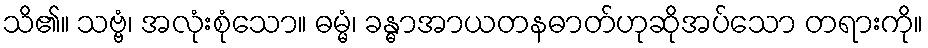
သိ၏။ သဗ္ဗံ၊ အလုံးစုံသော။ ဓမ္မံ၊ ခန္ဓာအာယတနဓာတ်ဟုဆိုအပ်သော တရားကို။